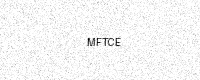
Text: MFTCE